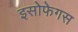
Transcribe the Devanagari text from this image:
इसोफेगस